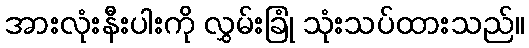
အားလုံးနီးပါးကို လွှမ်းခြုံ သုံးသပ်ထားသည်။